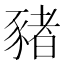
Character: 豬